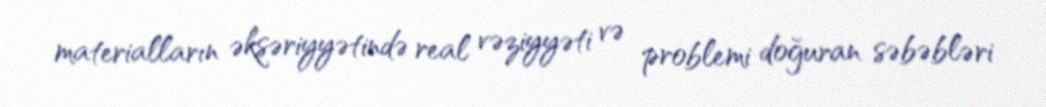
materialların əksəriyyətində real vəziyyəti və problemi doğuran səbəbləri